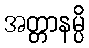
အတ္တာနမ္ပိ